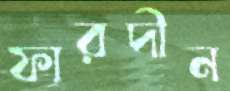
ফারদীন